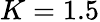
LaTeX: K=1.5